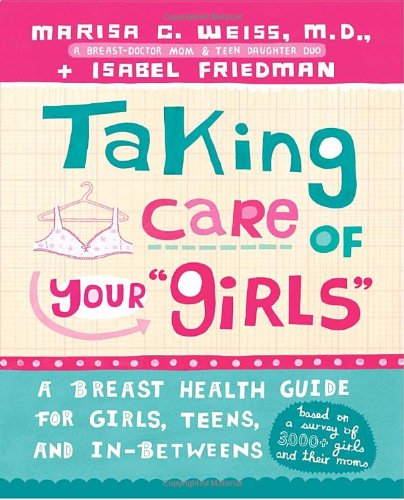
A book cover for Taking Care of Your Girls: A Breast Health Guide for Girls, Teens, and In-Betweens; Marisa C. Weiss; Health, Fitness & Dieting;